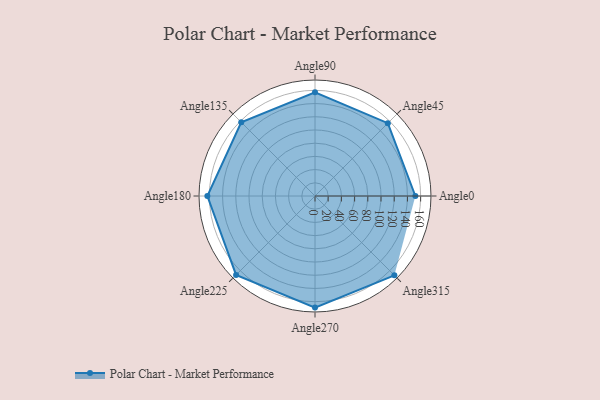
{"axis": {"x": "Angle", "y": "Radius"}, "legend": [""], "data": [{"x": "Angle0", "y": 152.0, "type": ""}, {"x": "Angle45", "y": 156.0, "type": ""}, {"x": "Angle90", "y": 157.0, "type": ""}, {"x": "Angle135", "y": 158.0, "type": ""}, {"x": "Angle180", "y": 163.0, "type": ""}, {"x": "Angle225", "y": 169.0, "type": ""}, {"x": "Angle270", "y": 169.0, "type": ""}, {"x": "Angle315", "y": 170, "type": ""}]}